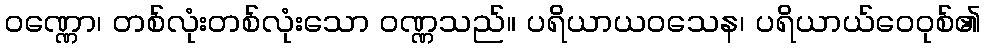
ဝဏ္ဏော၊ တစ်လုံးတစ်လုံးသော ဝဏ္ဏသည်။ ပရိယာယဝသေန၊ ပရိယာယ်ဝေဝုစ်၏